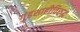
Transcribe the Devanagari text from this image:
गुंडशाहीविरुद्ध